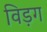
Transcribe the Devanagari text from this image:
विड़ग